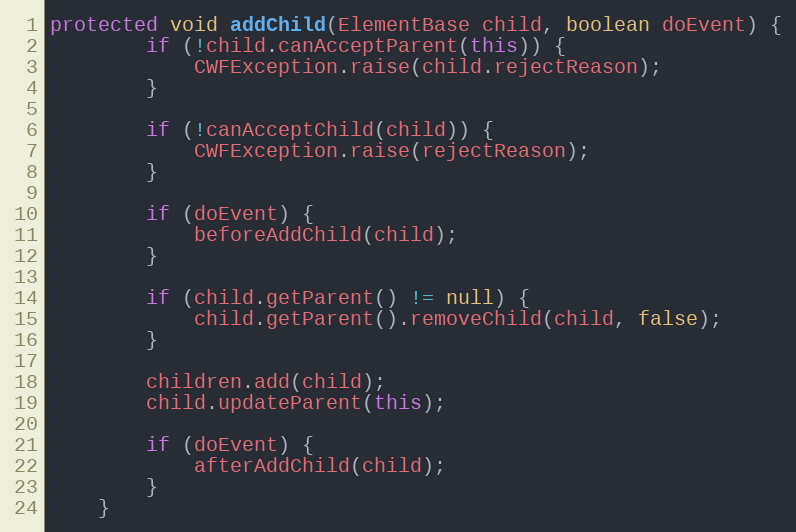
Language: Java
protected void addChild(ElementBase child, boolean doEvent) {
        if (!child.canAcceptParent(this)) {
            CWFException.raise(child.rejectReason);
        }

        if (!canAcceptChild(child)) {
            CWFException.raise(rejectReason);
        }

        if (doEvent) {
            beforeAddChild(child);
        }

        if (child.getParent() != null) {
            child.getParent().removeChild(child, false);
        }

        children.add(child);
        child.updateParent(this);

        if (doEvent) {
            afterAddChild(child);
        }
    }